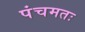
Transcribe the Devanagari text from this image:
पंचमतः